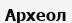
Археол